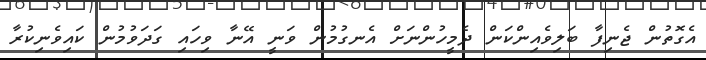
އެގޮތުން ޖެނިފާ ބަލިވެއިންކަން ދެމީހުންނަށް އެނގުމުން ވަނީ އޭނާ ވިހައި ގަދަވުމުން ކައިވެނިކުރާ